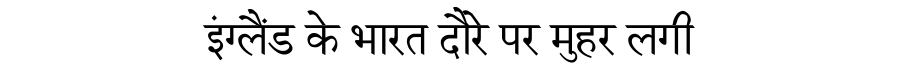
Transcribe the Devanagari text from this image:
इंग्लैंड के भारत दौरे पर मुहर लगी